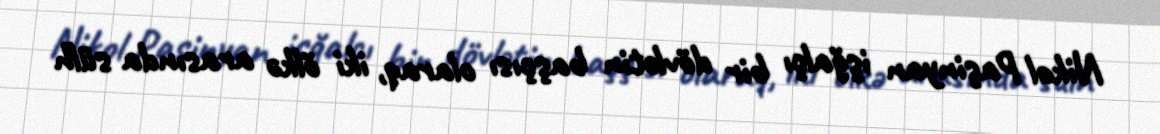
Nikol Paşinyan işğalçı bir dövlətin başçısı olaraq, iki ölkə arasında sülh